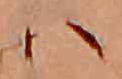
ハ